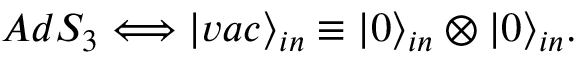
A d S _ { 3 } \Longleftrightarrow | v a c \rangle _ { i n } \equiv | 0 \rangle _ { i n } \otimes | 0 \rangle _ { i n } .